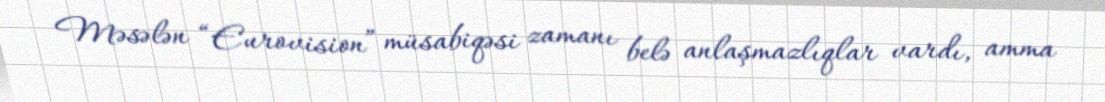
Məsələn “Eurovision” müsabiqəsi zamanı belə anlaşmazlıqlar vardı, amma